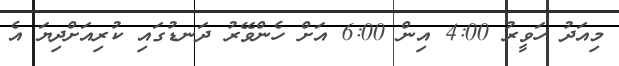
މިއަދު ހަވީރު 4:00 އިން 6:00 އަށް ހެންވޭރު ދަނޑުގައި ކުރިއަށްދިޔަ އެ